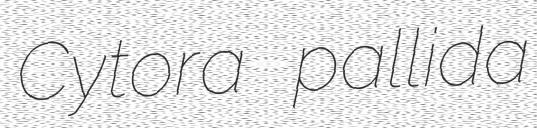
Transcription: Cytora pallida